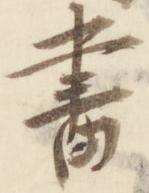
書